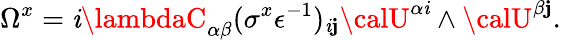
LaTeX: \Omega^{x}=\mathit{i}\lambdaC_{\alpha\beta}(\sigma^{x}\epsilon^{-1})_{\mathit{i}\mathbf{j}}{\calU}^{\alpha\mathit{i}}\wedge{\calU}^{\beta\mathbf{j}}.